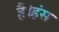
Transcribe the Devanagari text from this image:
है।हंस